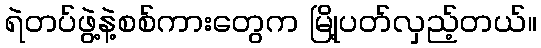
ရဲတပ်ဖွဲ့နဲ့စစ်ကားတွေက မြို့ပတ်လှည့်တယ်။